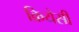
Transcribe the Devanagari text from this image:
क्रियेसी